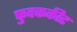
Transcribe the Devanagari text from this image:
फुदककीट